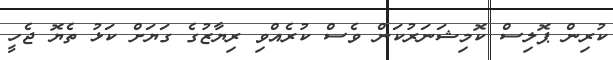
ކުރިން ޕޮލިސް ކޮމިޝަނަރުކަން ވެސް ކުރެއްވި ރިޔާޒުގެ ގަޔަށް ކަޅު ތެޔޮ ޖެހީ